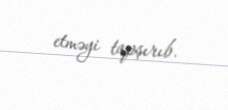
etməyi tapşırıb.